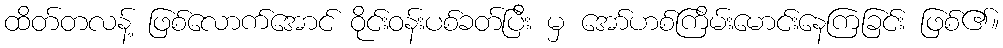
ထိတ်တလန့် ဖြစ်လောက်အောင် ဝိုင်းဝန်းပစ်ခတ်ပြီး မှ အော်ဟစ်ကြိမ်းမောင်းနေကြခြင်း ဖြစ်၏။